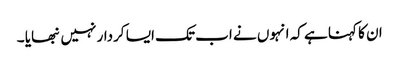
ان کا کہنا ہے کہ انہوں نے اب تک ایسا کردار نہیں نبھایا ۔